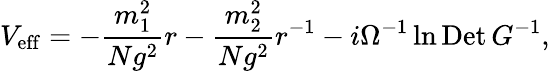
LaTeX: V_{\mathrm{eff}}=-\frac{m_{1}^{2}}{Ng^{2}}r-\frac{m_{2}^{2}}{Ng^{2}}r^{-1}-i\Omega^{-1}\ln\mathrm{Det}\, G^{-1},